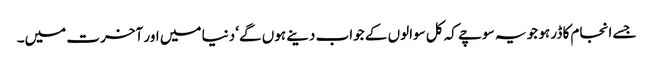
جسے انجام کا ڈر ہو جو یہ سوچے کہ کل سوالوں کے جواب دینے ہوں گے‘ دنیا میں اور آخرت میں۔